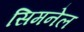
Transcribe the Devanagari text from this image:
सिमनेल